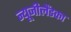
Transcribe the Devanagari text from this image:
न्यूजीलैंडका